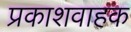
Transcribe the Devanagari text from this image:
प्रकाशवाहक